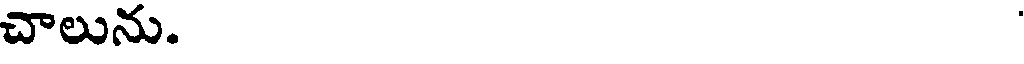
చాలును.